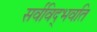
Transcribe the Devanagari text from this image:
सर्वविद्‍भवति